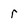
Character: r